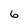
Character: 6